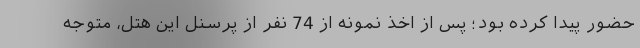
حضور پیدا کرده بود؛ پس از اخذ نمونه از 74 نفر از پرسنل این هتل، متوجه